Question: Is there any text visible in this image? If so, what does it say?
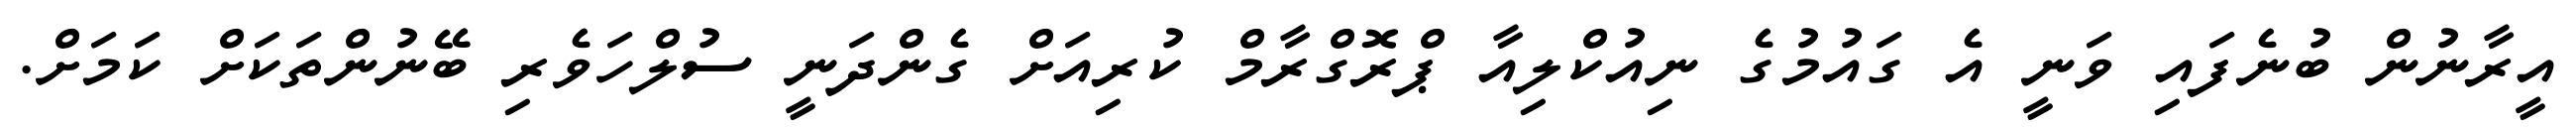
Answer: އީރާނުން ބުނެފައި ވަނީ އެ ގައުމުގެ ނިއުކްލިއާ ޕްރޮގްރާމް ކުރިއަށް ގެންދަނީ ސުލްހަވެރި ބޭނުންތަކަށް ކަމަށް.